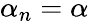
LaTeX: \alpha_{n}=\alpha